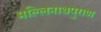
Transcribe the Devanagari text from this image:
मल्लिनाथपुराण